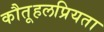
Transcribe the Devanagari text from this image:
कौतूहलप्रियता